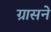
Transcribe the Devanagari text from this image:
ग्रासने